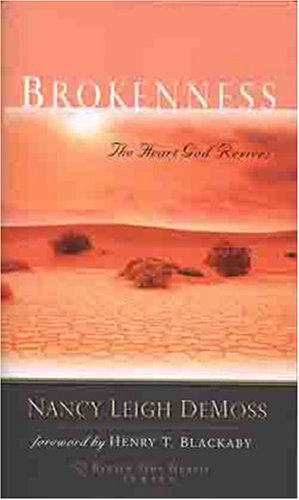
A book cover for Brokenness; Nancy Leigh DeMoss; Christian Books & Bibles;